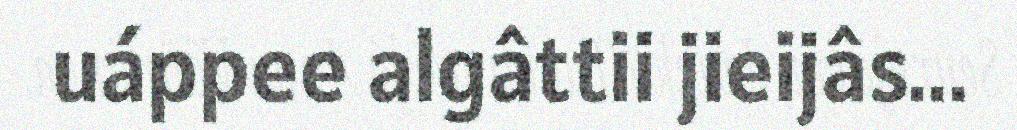
uáppee algâttii jieijâs...